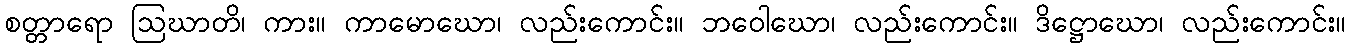
စတ္တာရော ဩဃာတိ၊ ကား။ ကာမောဃော၊ လည်းကောင်း။ ဘဝေါဃော၊ လည်းကောင်း။ ဒိဋ္ဌောဃော၊ လည်းကောင်း။